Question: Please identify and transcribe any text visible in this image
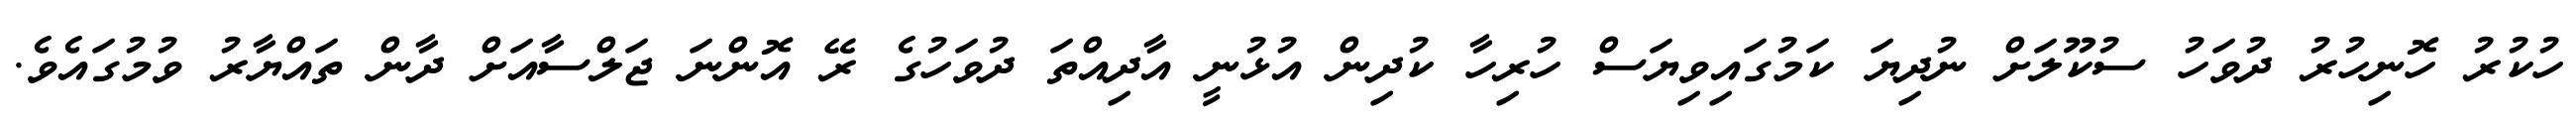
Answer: ހުކުރު ހޮނިހުރު ދުވަހު ސުކޫލަށް ނުދިޔަ ކަމުގައިވިޔަސް ހުރިހާ ކުދިން އުޅުނީ އާދިއްތަ ދުވަހުގެ ރޭ އޮންނަ ޖަލްސާއަށް ދާން ތައްޔާރު ވުމުގައެވެ.